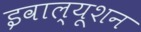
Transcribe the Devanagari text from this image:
इवाल्यूशन